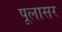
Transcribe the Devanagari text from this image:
पूलासर